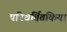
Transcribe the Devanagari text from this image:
परिवर्तितकिया